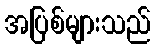
အပြစ်များသည်